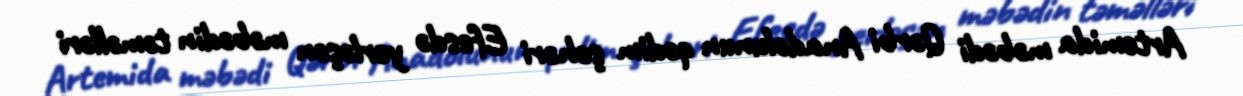
Artemida məbədi Qərbi Anadolunun qədim şəhəri Efesdə yerləşən məbədin təməlləri